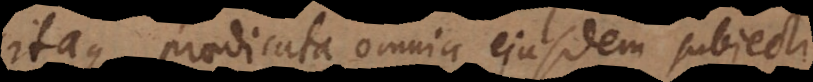
itaque praedicata omnia ejusdem subjecti,